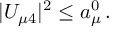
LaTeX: | U _ { \mu 4 } | ^ { 2 } \leq a _ { \mu } ^ { 0 } \, .